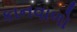
કાનવાળો